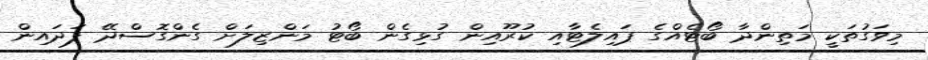
މިވަގުތަކީ މަތިންދާ ބޯޓެއްގެ ޕައިލެޓާއި ކުރޫއިން ގުޅިގެން ބޯޓު މަންޒިލަށް ގެންގޮސްދޭ ފަދައިން